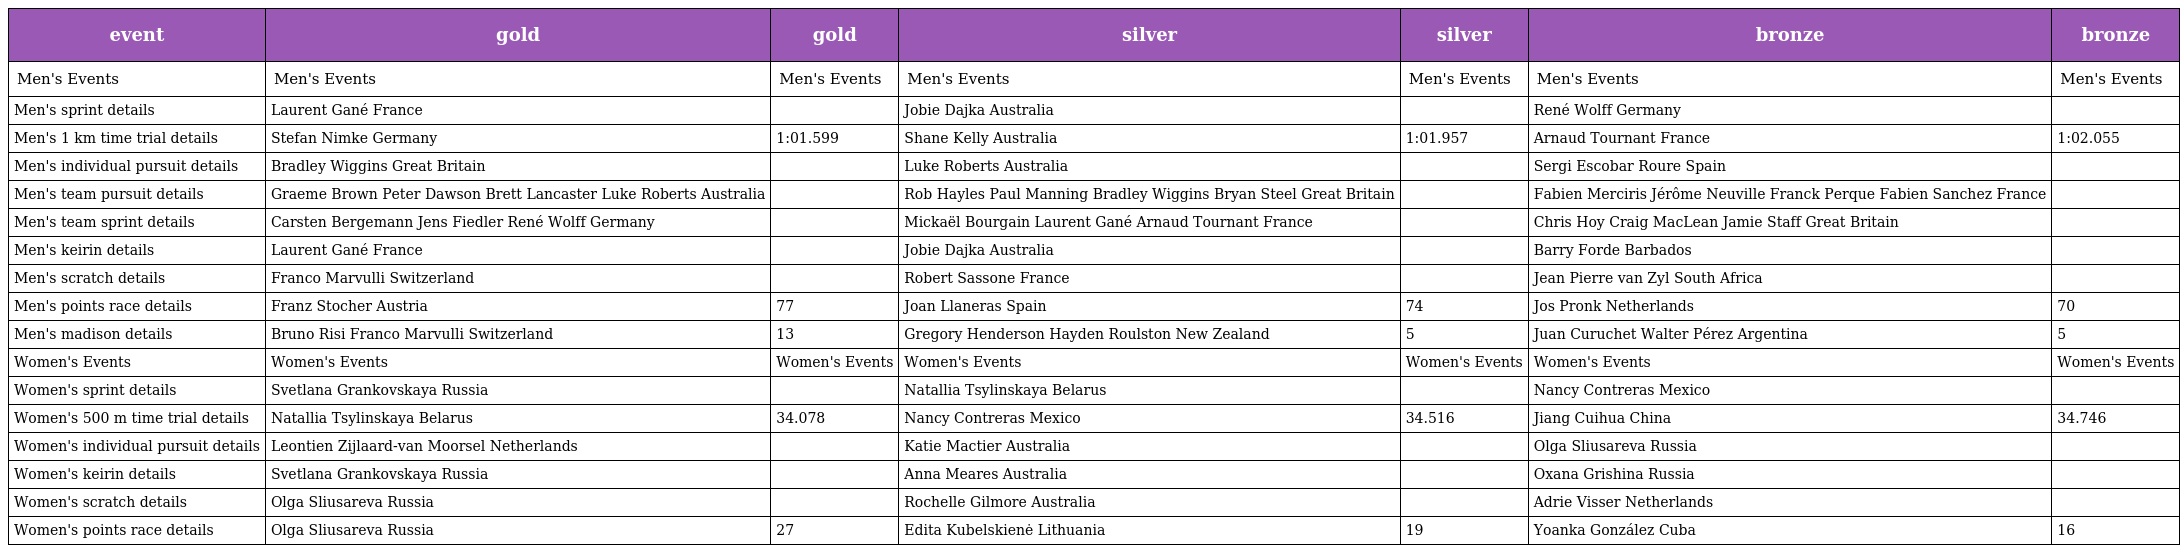
| event | gold | gold | silver | silver | bronze | bronze |
 | --- | --- | --- | --- | --- | --- | --- |
 | Men's Events | Men's Events | Men's Events | Men's Events | Men's Events | Men's Events | Men's Events |
 | Men's sprint details | Laurent Gané France |  | Jobie Dajka Australia |  | René Wolff Germany |  |
 | Men's 1 km time trial details | Stefan Nimke Germany | 1:01.599 | Shane Kelly Australia | 1:01.957 | Arnaud Tournant France | 1:02.055 |
 | Men's individual pursuit details | Bradley Wiggins Great Britain |  | Luke Roberts Australia |  | Sergi Escobar Roure Spain |  |
 | Men's team pursuit details | Graeme Brown Peter Dawson Brett Lancaster Luke Roberts Australia |  | Rob Hayles Paul Manning Bradley Wiggins Bryan Steel Great Britain |  | Fabien Merciris Jérôme Neuville Franck Perque Fabien Sanchez France |  |
 | Men's team sprint details | Carsten Bergemann Jens Fiedler René Wolff Germany |  | Mickaël Bourgain Laurent Gané Arnaud Tournant France |  | Chris Hoy Craig MacLean Jamie Staff Great Britain |  |
 | Men's keirin details | Laurent Gané France |  | Jobie Dajka Australia |  | Barry Forde Barbados |  |
 | Men's scratch details | Franco Marvulli Switzerland |  | Robert Sassone France |  | Jean Pierre van Zyl South Africa |  |
 | Men's points race details | Franz Stocher Austria | 77 | Joan Llaneras Spain | 74 | Jos Pronk Netherlands | 70 |
 | Men's madison details | Bruno Risi Franco Marvulli Switzerland | 13 | Gregory Henderson Hayden Roulston New Zealand | 5 | Juan Curuchet Walter Pérez Argentina | 5 |
 | Women's Events | Women's Events | Women's Events | Women's Events | Women's Events | Women's Events | Women's Events |
 | Women's sprint details | Svetlana Grankovskaya Russia |  | Natallia Tsylinskaya Belarus |  | Nancy Contreras Mexico |  |
 | Women's 500 m time trial details | Natallia Tsylinskaya Belarus | 34.078 | Nancy Contreras Mexico | 34.516 | Jiang Cuihua China | 34.746 |
 | Women's individual pursuit details | Leontien Zijlaard-van Moorsel Netherlands |  | Katie Mactier Australia |  | Olga Sliusareva Russia |  |
 | Women's keirin details | Svetlana Grankovskaya Russia |  | Anna Meares Australia |  | Oxana Grishina Russia |  |
 | Women's scratch details | Olga Sliusareva Russia |  | Rochelle Gilmore Australia |  | Adrie Visser Netherlands |  |
 | Women's points race details | Olga Sliusareva Russia | 27 | Edita Kubelskienė Lithuania | 19 | Yoanka González Cuba | 16 |